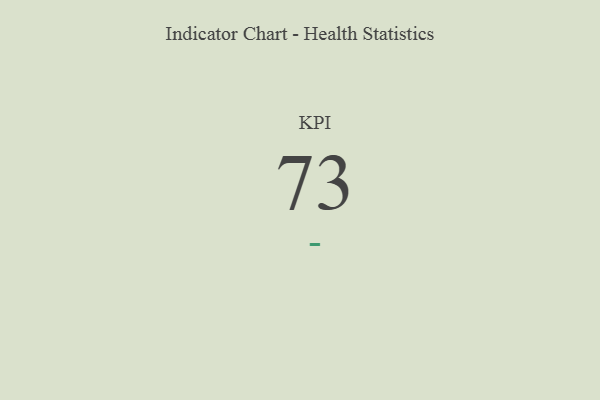
{"axis": {"x": "KPI", "y": "Value"}, "legend": [""], "data": [{"x": "KPI", "y": 73, "type": ""}]}